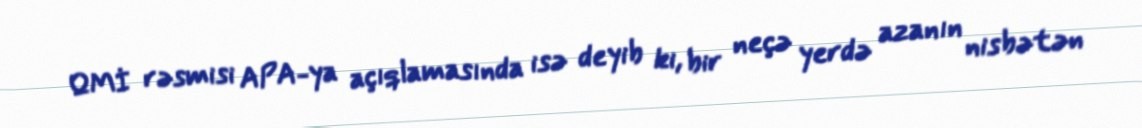
QMİ rəsmisi APA-ya açıqlamasında isə deyib ki, bir neçə yerdə azanın nisbətən